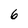
Character: 6